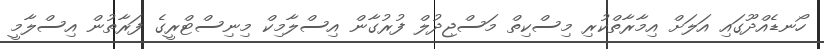
ހޯނޑެއްދޫގައި އަލަށް އިމާރާތްކުރި މިސްކިތް މަސްޖިދުލް ފުރުގާން އިސްލާމިކް މިނިސްޓްރީގެ ފަރާތުން އިސްލާމީ